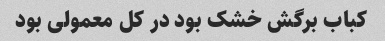
کباب برگش خشک بود در کل معمولی بود